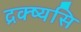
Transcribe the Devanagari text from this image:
द्रक्ष्यसि